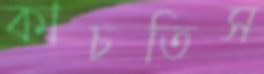
কাচতিস